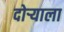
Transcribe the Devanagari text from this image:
दोऱ्याला